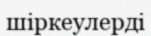
шіркеулерді